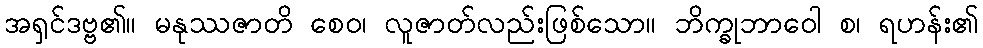
အရှင်ဒဗ္ဗ၏။ မနုဿဇာတိ စေဝ၊ လူဇာတ်လည်းဖြစ်သော။ ဘိက္ခုဘာဝေါ စ၊ ရဟန်း၏